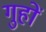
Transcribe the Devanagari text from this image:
गुहों